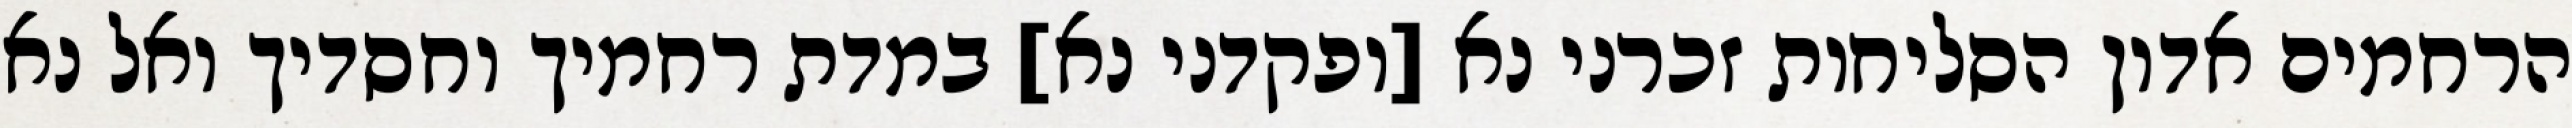
הרחמים אדון הסליחות זכרני נא [ופקדני נא] במדת רחמיך וחסדיך ואל נא